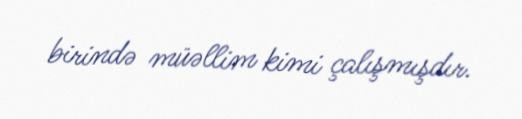
birində müəllim kimi çalışmışdır.